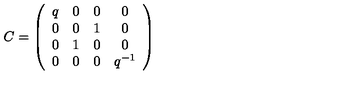
C = \left( \begin{array} { c c c c } { q } & { 0 } & { 0 } & { 0 } \\ { 0 } & { 0 } & { 1 } & { 0 } \\ { 0 } & { 1 } & { 0 } & { 0 } \\ { 0 } & { 0 } & { 0 } & { q ^ { - 1 } } \\ \end{array} \right) \nonumber